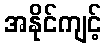
အနိုင်ကျင့်